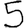
Digit: 5